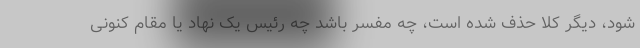
شود، دیگر کلا حذف شده است، چه مفسر باشد چه رئیس یک نهاد یا مقام کنونی